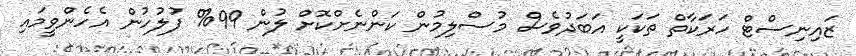
ޒައިނިސްޓް ހަރަކާތް ތަކަކީ އަބަދުވެސް މުސްލިމުން ކަންނެށްކޮށް ލުން 99% ފުލުހުން އެހެންވީމައި